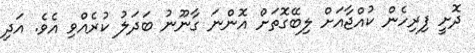
ދޮށީ ފިރިހެން ކުއްޖާއަށް ލިބޭގޮތަށް އޮންނަ ގާނޫނު ބަދަލު ކުރެއްވި އެވެ. އަދި